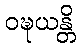
ဝဍ္ဎယန္တိ